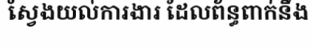
ស្វែងយល់ការងារ ដែលព័ន្ធពាក់នឹង